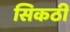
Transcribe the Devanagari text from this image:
सिकठी